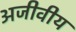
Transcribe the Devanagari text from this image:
अजीवीय